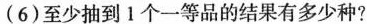
(6)至少抽到1个一等品的结果有多少种?